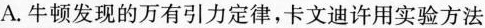
A.牛顿发现的万有引力定律，卡文迪许用实验方法